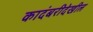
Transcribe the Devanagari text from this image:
कादंबरीदेखील